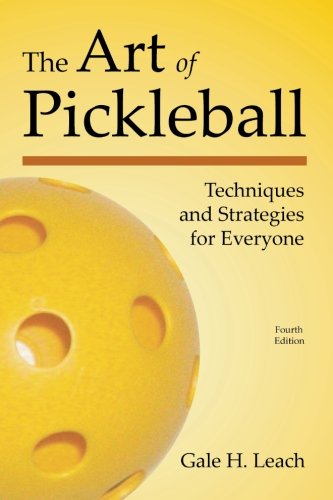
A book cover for The Art of Pickleball (Fourth Edition): Techniques and Strategies for Everyone; Gale H. Leach; Sports & Outdoors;